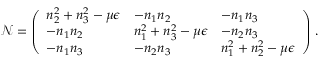
\mathcal { N } = \left( \begin{array} { l l l } { n _ { 2 } ^ { 2 } + n _ { 3 } ^ { 2 } - \mu \epsilon } & { - n _ { 1 } n _ { 2 } } & { - n _ { 1 } n _ { 3 } } \\ { - n _ { 1 } n _ { 2 } } & { n _ { 1 } ^ { 2 } + n _ { 3 } ^ { 2 } - \mu \epsilon } & { - n _ { 2 } n _ { 3 } } \\ { - n _ { 1 } n _ { 3 } } & { - n _ { 2 } n _ { 3 } } & { n _ { 1 } ^ { 2 } + n _ { 2 } ^ { 2 } - \mu \epsilon } \end{array} \right) \, .